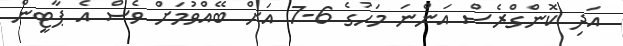
އަދި ކޮންގްރެސް އަންނަ މަހުގެ 6-7 އަށް ބޭއްވުމަށް ވެސް އެ ޕާޓީން